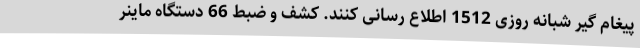
پیغام گیر شبانه روزی 1512 اطلاع رسانی کنند. کشف و ضبط 66 دستگاه ماینر